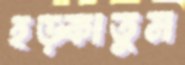
হড়্‌কাতুম